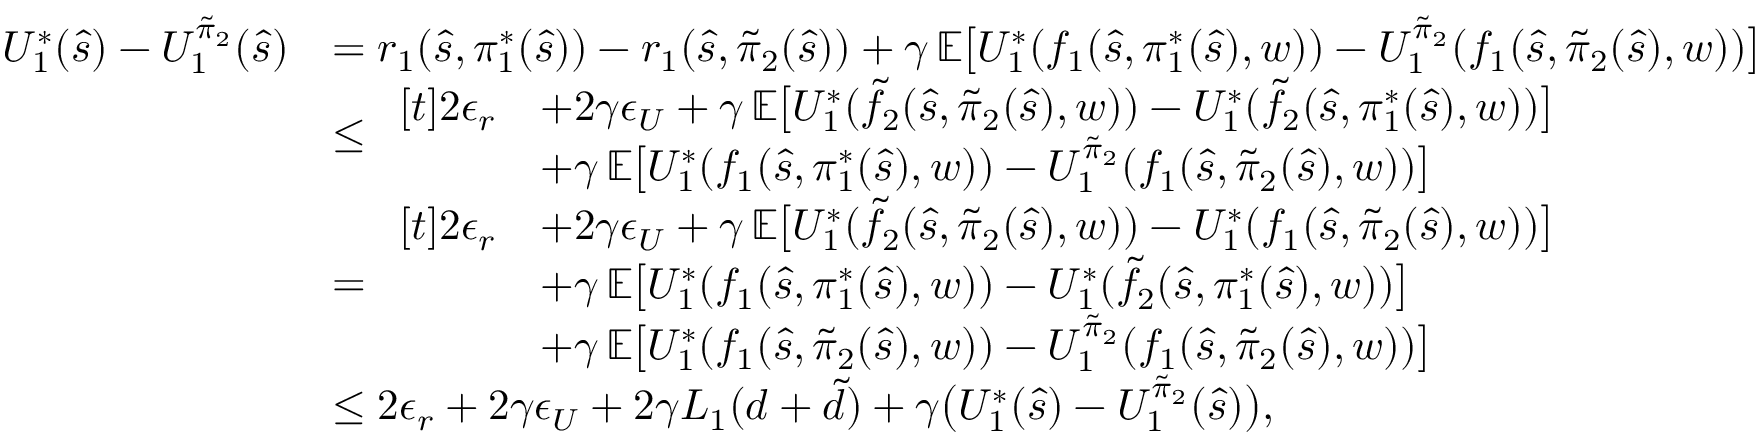
\begin{array} { r l } { U _ { 1 } ^ { * } ( \hat { s } ) - U _ { 1 } ^ { \tilde { \pi } _ { 2 } } ( \hat { s } ) } & { = r _ { 1 } ( \hat { s } , \pi _ { 1 } ^ { * } ( \hat { s } ) ) - r _ { 1 } ( \hat { s } , \tilde { \pi } _ { 2 } ( \hat { s } ) ) + \gamma \, \mathbb { E } \bigl [ U _ { 1 } ^ { * } ( f _ { 1 } ( \hat { s } , \pi _ { 1 } ^ { * } ( \hat { s } ) , w ) ) - U _ { 1 } ^ { \tilde { \pi } _ { 2 } } ( f _ { 1 } ( \hat { s } , \tilde { \pi } _ { 2 } ( \hat { s } ) , w ) ) \bigr ] } \\ & { \leq \begin{array} { r l } { [ t ] 2 \boldsymbol { \epsilon } _ { r } } & { + 2 \gamma \boldsymbol { \epsilon } _ { U } + \gamma \, \mathbb { E } \bigl [ U _ { 1 } ^ { * } ( \tilde { f } _ { 2 } ( \hat { s } , \tilde { \pi } _ { 2 } ( \hat { s } ) , w ) ) - U _ { 1 } ^ { * } ( \tilde { f } _ { 2 } ( \hat { s } , \pi _ { 1 } ^ { * } ( \hat { s } ) , w ) ) \bigr ] } \\ & { + \gamma \, \mathbb { E } \bigl [ U _ { 1 } ^ { * } ( f _ { 1 } ( \hat { s } , \pi _ { 1 } ^ { * } ( \hat { s } ) , w ) ) - U _ { 1 } ^ { \tilde { \pi } _ { 2 } } ( f _ { 1 } ( \hat { s } , \tilde { \pi } _ { 2 } ( \hat { s } ) , w ) ) \bigr ] } \end{array} } \\ & { = \begin{array} { r l } { [ t ] 2 \boldsymbol { \epsilon } _ { r } } & { + 2 \gamma \boldsymbol { \epsilon } _ { U } + \gamma \, \mathbb { E } \bigl [ U _ { 1 } ^ { * } ( \tilde { f } _ { 2 } ( \hat { s } , \tilde { \pi } _ { 2 } ( \hat { s } ) , w ) ) - U _ { 1 } ^ { * } ( f _ { 1 } ( \hat { s } , \tilde { \pi } _ { 2 } ( \hat { s } ) , w ) ) \bigr ] } \\ & { + \gamma \, \mathbb { E } \bigl [ U _ { 1 } ^ { * } ( f _ { 1 } ( \hat { s } , \pi _ { 1 } ^ { * } ( \hat { s } ) , w ) ) - U _ { 1 } ^ { * } ( \tilde { f } _ { 2 } ( \hat { s } , \pi _ { 1 } ^ { * } ( \hat { s } ) , w ) ) \bigr ] } \\ & { + \gamma \, \mathbb { E } \bigl [ U _ { 1 } ^ { * } ( f _ { 1 } ( \hat { s } , \tilde { \pi } _ { 2 } ( \hat { s } ) , w ) ) - U _ { 1 } ^ { \tilde { \pi } _ { 2 } } ( f _ { 1 } ( \hat { s } , \tilde { \pi } _ { 2 } ( \hat { s } ) , w ) ) \bigr ] } \end{array} } \\ & { \leq 2 \boldsymbol { \epsilon } _ { r } + 2 \gamma \boldsymbol { \epsilon } _ { U } + 2 \gamma L _ { 1 } ( d + \tilde { d } ) + \gamma \bigl ( U _ { 1 } ^ { * } ( \hat { s } ) - U _ { 1 } ^ { \tilde { \pi } _ { 2 } } ( \hat { s } ) \bigr ) , } \end{array}